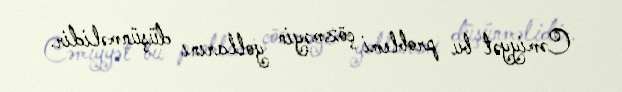
Cəmiyyət bu problemi çözməyin yollarını düşünməlidir.